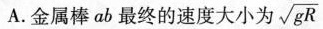
A.金属棒ab最终的速度大小为 \sqrt{gR}